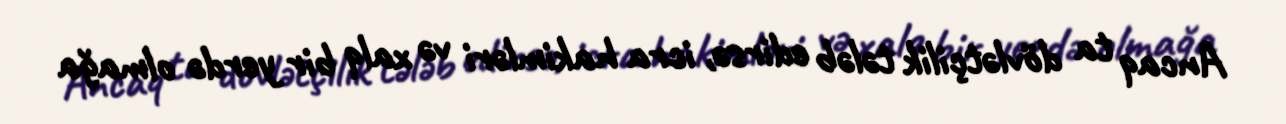
Ancaq ta dövlətçilik tələb edirsə, icra hakimləri və xalq bir yerdə olmağa